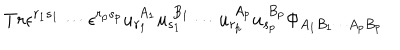
T r \epsilon ^ { r _ { 1 } s _ { 1 } } \cdots \epsilon ^ { r _ { p } s _ { p } } u _ { r _ { 1 } } ^ { \ A _ { 1 } } u _ { s _ { 1 } } ^ { \ B _ { 1 } } \cdots u _ { r _ { p } } ^ { \ A _ { p } } u _ { s _ { p } } ^ { \ B _ { p } } \Phi _ { A _ { 1 } B _ { 1 } \cdots A _ { p } B _ { p } }